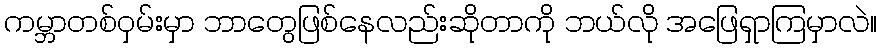
ကမ္ဘာတစ်ဝှမ်းမှာ ဘာတွေဖြစ်နေလည်းဆိုတာကို ဘယ်လို အဖြေရှာကြမှာလဲ။